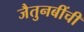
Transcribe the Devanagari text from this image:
जैतुनबींची